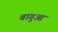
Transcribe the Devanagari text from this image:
बागुआ